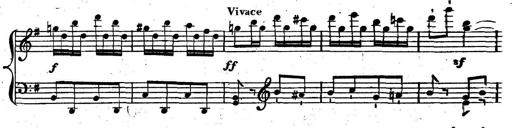
Title: Nouvelle Sonatine facile et agrÃ©able
Composer: Ignaz Moscheles
Key: G major